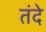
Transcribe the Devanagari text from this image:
तंदे